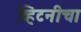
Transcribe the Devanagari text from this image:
व्हिटनीचा